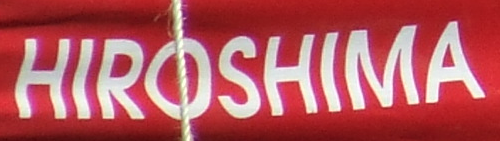
HIROSHIMA